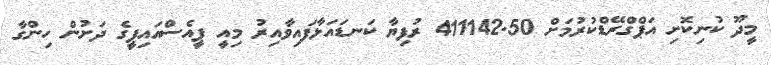
މީދޫ ކުނިކޮށި އަޕްގްރޭޑްކުރުމަށް 411142.50 ރުފިޔާ ކަނޑައަޅާފައިވާއިރު މިއީ ޕީއެސްއައިޕީގެ ދަށުން ހިންގާ